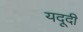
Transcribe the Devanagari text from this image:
यदूदी